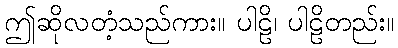
ဤဆိုလတံ့သည်ကား။ ပါဠိ၊ ပါဠိတည်း။